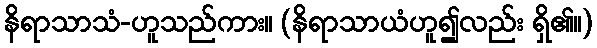
နိရာသာသံ-ဟူသည်ကား။ (နိရာသာယံဟူ၍လည်း ရှိ၏။)